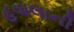
હવાલાની